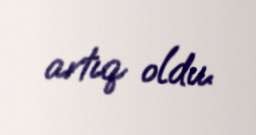
artıq oldu.